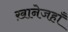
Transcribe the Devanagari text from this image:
ख़ानेजहाँ